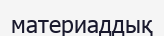
материаддық